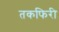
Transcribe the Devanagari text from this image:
तकफिरी